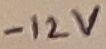
Text: -12V